Leprosy in India: report of the Leprosy Commission in India, 1890-91
Year: 1890
Disease focus: Leprosy
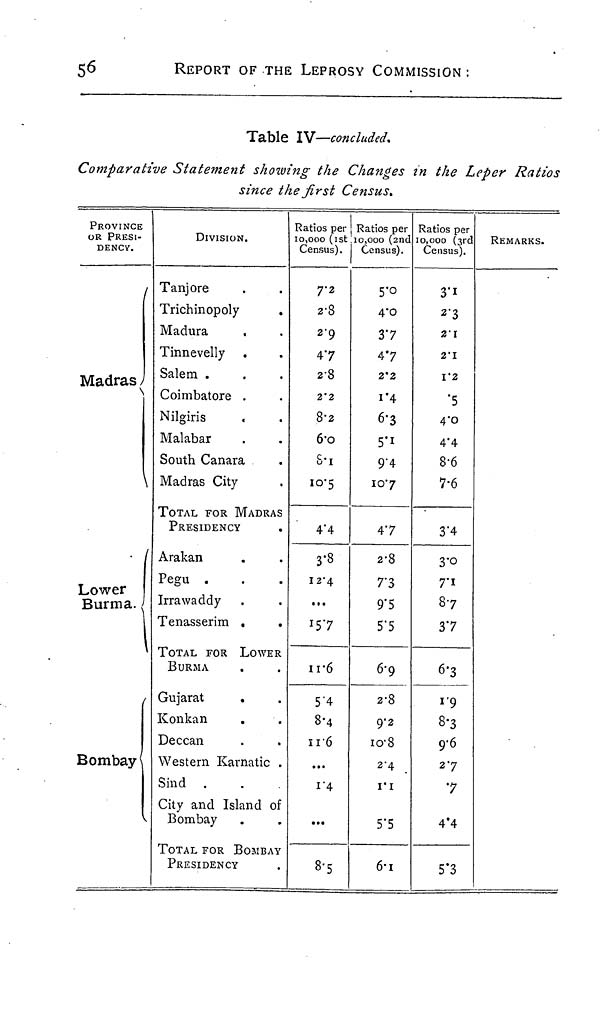
56
REPORT OF THE LEPROSY COMMISSION :
Table IV—concluded.
Comparative Statement showing the Changes in the Leper Ratios
since the first Census.
PROVINCE
OR PRESI-
DENCY.
/
Madras
\
\
(
Lower
Burma.
\
Bombay
V
DIVISION.
Tanjore
Trichinopoly
Madura
,
Tinnevelly
Salem .
Coimbatore .
Nilgiris
Malabar
South Canara
Madras City
TOTAL FOR MADRAS
PRESIDENCY
Arakan
Pegu .
Irrawaddy
Tenasserim .
.
TOTAL FOR LOWER
BURMA
Gujarat
.
Konkan
Deccan
Western Karnatic .
Sind .
City and Island of
Bombay
TOTAL FOR BOMBAY
PRESIDENCY
Ratios per
10,000 (1st
Census).
7.2
2.8
29
47
28
2.2
8.2
6.0
8.1
10.5
4.4
3.8
12.4
...
15.7
11.6
5.4
8.4
11.6
...
1.4
...
8.5
Ratios per
l0,000 (2nd
Census).
5.0
4.0
37
4.7
2.2
1.4
6.3
5.1
9.4
10.7
47
2.8
7.3
9.5
5.5
6.9
2.8
9.2
10.8
2.4
1.1
5.5
6.1
Ratios per
10,000 (3rd
Census).
3.1
2.3
2.1
2.1
1.2
.5
4.0
4.4
8.6
7.6
3.4
3.0
7.1
87
37
6.3
1.9
8.3
9.6
27
7
4.4
5.3
REMARKS.